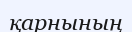
қарнының